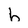
Character: h